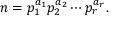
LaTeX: n = p _ { 1 } ^ { a _ { 1 } } p _ { 2 } ^ { a _ { 2 } } \cdots p _ { r } ^ { a _ { r } } .